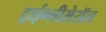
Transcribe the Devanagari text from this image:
ट्राईग्लीसेरॉल